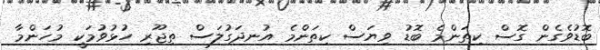
ބޮޑުވެގެން ގޮސް ކިތަންމެ ބޮޑު ވިޔަސް ކިތަންމެ އުނދަގުލަސް ތިޖޫރި ހުޅުވުމަކީ މުހަންމާ